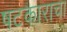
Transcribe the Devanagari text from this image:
षटकाराचा